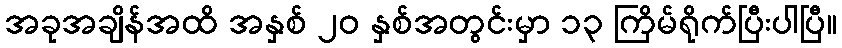
အခုအချိန်အထိ အနှစ် ၂၀ နှစ်အတွင်းမှာ ၁၃ ကြိမ်ရိုက်ပြီးပါပြီ။